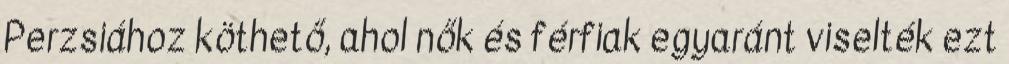
Perzsiához köthető, ahol nők és férfiak egyaránt viselték ezt